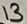
Text: 13